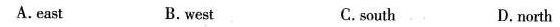
A.east B. west C.south D.north